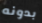
بدونه